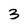
Character: 3